Report on plague in the Punjab from October 1st ... to September 30th ..., being the ... season of plague in the province
Disease focus: Plague
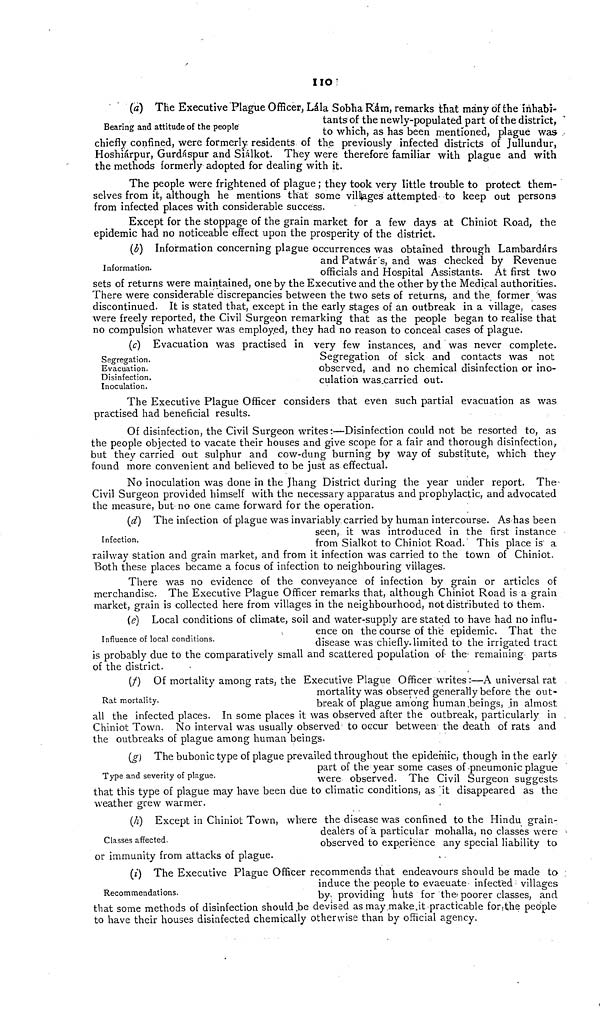
110
Bearing and attitude of the people
(a) The Executive Plague Officer, Lála Sobha Rám, remarks that many of the inhabi-
tants of the newly-populated part of the district,
to which, as has been mentioned, plague was
chiefly confined, were formerly, residents of the previously infected districts of Jullundur,
Hoshiárpur, Gurdáspur and Siálkot. They were therefore familiar with plague and with
the methods formerly adopted for dealing with it.
The people were frightened of plague ; they took very little trouble to protect them-
selves from it, although he mentions that some villiages attempted to keep out persons
from infected places with considerable success.
Except for the stoppage of the grain market for a few days at Chiniot Road, the
epidemic had no noticeable effect upon the prosperity of the district.
Information.
(d) Information concerning plague occurrences was obtained through Lambardárs
and Patwár's, and was checked by Revenue
officials and Hospital Assistants. At first two
sets of returns were maintained, one by the Executive and the other by the Medical authorities.
There were considerable discrepancies between the two sets of returns, and the former was
discontinued. It is stated that, except in the early stages of an outbreak in a village, cases
were freely reported, the Civil Surgeon remarking that as the people began to realise that
no compulsion whatever was employed, they had no reason to conceal cases of plague.
Segregation.
Evacuation.
Disinfection.
Inoculation.
(c) Evacuation was practised in very few instances, and was never complete.
Segregation of sick and contacts was not
observed, and no chemical disinfection or ino-
culation was.carried out.
The Executive Plague Officer considers that even such partial evacuation as was
practised had beneficial results.
Of disinfection, the Civil Surgeon writes :—Disinfection could not be resorted to, as
the people objected to vacate their houses and give scope for a fair and thorough disinfection,
but they carried out sulphur and cow-dung burning by way of substitute, which they
found more convenient and believed to be just as effectual.
No inoculation was done in the Jhang District during the year under report. The
Civil Surgeon provided himself with the necessary apparatus and prophylactic, and advocated
the measure, but no one came forward for the operation.
Infection.
(d) The infection of plague was invariably carried by human intercourse. As has been
seen, it was introduced in the first instance
from Sialkot to Chiniot Road. This place is a
railway station and grain market, and from it infection was carried to the town of Chiniot.
Both these places became a focus of infection to neighbouring villages.
There was no evidence of the conveyance of infection by grain or articles of
merchandise. The Executive Plague Officer remarks that, although Chiniot Road is a grain
market, grain is collected here from villages in the neighbourhood, not distributed to them.
Influence of local conditions.
(e) Local conditions of climate, soil and water-supply are stated to have had no influ-
ence on the course of the epidemic. That the
disease was chiefly, limited to the irrigated tract
is probably due to the comparatively small and scattered population of the remaining parts
of the district.
Rat mortality.
(f) Of mortality among rats, the Executive Plague Officer writes:—A universal rat
mortality was observed generally before the out-
break of plague among human,beings, .in almost
all the infected places. In some places it was observed after the outbreak, particularly in
Chiniot Town. No interval was usually observed to occur between the death of rats and
the outbreaks of plague among human beings.
Type and severity of plague.
(g) The bubonic type of plague prevailed throughout the epidemic, though in the early
part of the year some cases of pneumonic plague
were observed. The Civil Surgeon suggests
that this type of plague may have been due to climatic conditions, as it disappeared as the
weather grew warmer.
Classes affected.
(A) Except in Chiniot Town, where the disease was confined to the Hindu grain-
dealers of a particular mohalla, no classes were
observed to experience any special liability to
or immunity from attacks of plague.
Recommendations.
(i) The Executive Plague Officer recommends that endeavours should be made to
induce the people to evacuate infected villages
by providing huts for the poorer classes, and
that some methods of disinfection should.be devised as may make,it practicable for the people
to have their houses disinfected chemically otherwise than by official agency.